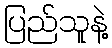
ပြည်သူနဲ့